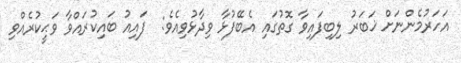
އަހަރުމެންނަށް ޚަބަރު ލިބިފައިވާ ގޮތުގައި އެބޭފުޅާ ވިދާޅުވިއެވެ:  ފައިއު ބައިކުރައްވާ ވަޙީކުރެއްވި